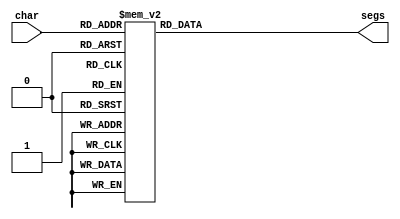
/*
   This file was generated automatically by the Mojo IDE version B1.3.6.
   Do not edit this file directly. Instead edit the original Lucid source.
   This is a temporary file and any changes made to it will be destroyed.
*/

module seven_seg_2 (
    input [3:0] char,
    output reg [6:0] segs
  );
  
  
  
  always @* begin
    
    case (char)
      1'h0: begin
        segs = 7'h7d;
      end
      1'h1: begin
        segs = 7'h50;
      end
      2'h2: begin
        segs = 7'h6e;
      end
      2'h3: begin
        segs = 7'h7a;
      end
      3'h4: begin
        segs = 7'h53;
      end
      3'h5: begin
        segs = 7'h3b;
      end
      3'h6: begin
        segs = 7'h3f;
      end
      3'h7: begin
        segs = 7'h70;
      end
      4'h8: begin
        segs = 7'h7f;
      end
      4'h9: begin
        segs = 7'h7b;
      end
      default: begin
        segs = 7'h7e;
      end
    endcase
  end
endmodule